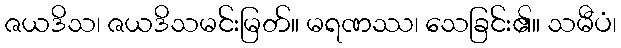
ဇယဒိသ၊ ဇယဒိသမင်းမြတ်။ မရဏဿ၊ သေခြင်း၏။ သမီပံ၊